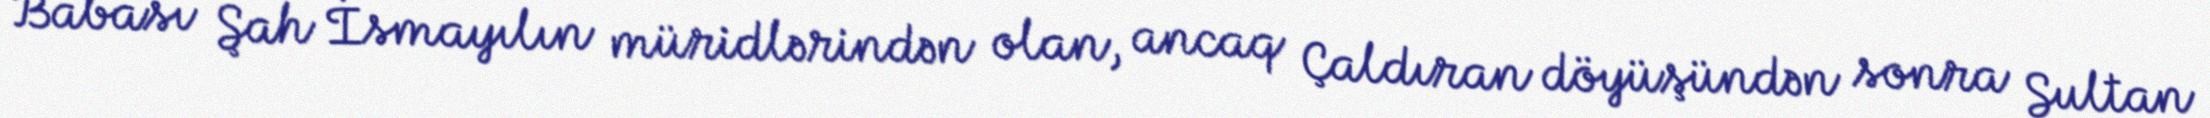
Babası Şah İsmayılın müridlərindən olan, ancaq Çaldıran döyüşündən sonra Sultan